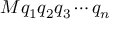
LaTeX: M q _ { 1 } q _ { 2 } q _ { 3 } \cdots q _ { n }